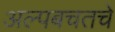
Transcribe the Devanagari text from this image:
अल्पबचतचे